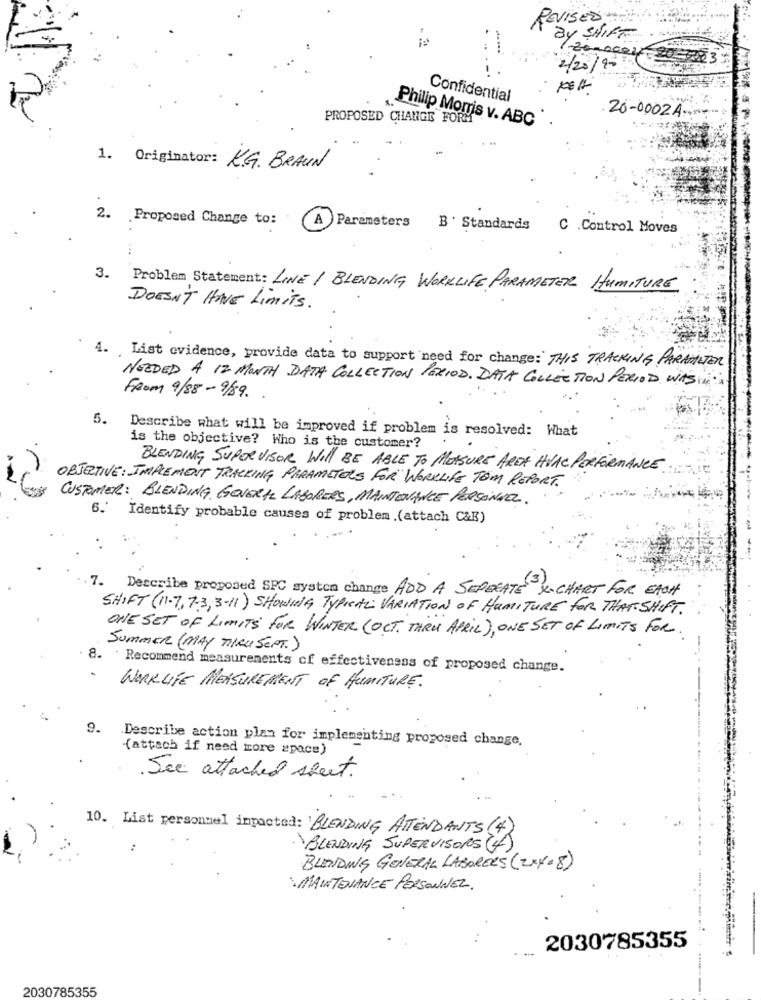
REVISED
By SHIFT
/2000004 -20- 5003:
2/20/20
Confidential
PROPOSED CHANGE FORM
20-0002A.
Philip Morris v. ABC
1. Originator: K.G. BRAUN
2.
.Proposed Change to:
A Parameters B Standards
C .Control Moves
3.
Problem Statement: LINE / BLENDING WORKLIFE PARAMETER HUMITURE
DOESN'T HAVE Limits.
4. List evidence, provide data to support need for change: THIS TRACKING PARAMETER
NEEDED A 12 MONTH DATA COLLECTION PERIOD. DATA COLLECTION PERIOD WAS
FROM 9/88- 9/89.
5.
Describe what will be improved if problem is resolved: What
is the objective? Who is the customer?
BLENDING SUPERVISOR WILL BE ABLE TO MEASURE AREA HVAC PERFORMANCE
OBJECTIVE: IMPLEMENT TRACKING PARAMETERS FOR WORKLIFE TOM REPORT.
CUSTOMER: BLENDING GOVERAL LABORERS, MAINTENANCE PERSONNEL.
6.' Identify probable causes of problem .(attach C&E)
. Describe proposed SPC system change ADD A SEPERATE X. CHART FOR EACH
SHIFT (11-7, 7-3, 3-11 ) SHOWNIG TYPICAL VARIATION OF HUMITURE FOR THAT SHIFT.
ONE SET OF LIMITS FOR WINTER (OCT. THRU APRIL), ONE SET OF LIMITS FOR
SUMMER (MAY THRU SEPT.)
8. Recommend measurements of effectiveness of proposed change.
WORKLIFE MEASUREMENT OF HUMITURE.
9.
Describe action plan for implementing proposed change.
(attach if need more space)
See attached sheet.
10. List personnel impacted: BLENDING ATTENDANTS
·BLENDING SUPERVISORS (4
BLENDING GENERAL LABORERS (2x4. 8)
MAINTENANCE PERSONNEL.
2030785355
2030785355